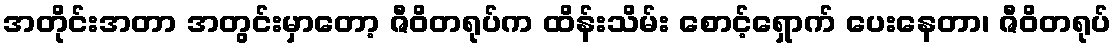
အတိုင်းအတာ အတွင်းမှာတော့ ဇီဝိတရုပ်က ထိန်းသိမ်း စောင့်ရှောက် ပေးနေတာ၊ ဇီဝိတရုပ်